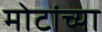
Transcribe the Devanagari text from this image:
मोटांच्या